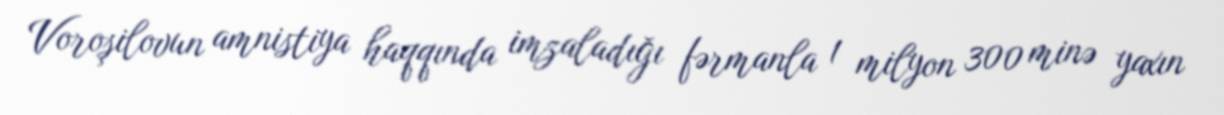
Voroşilovun amnistiya haqqında imzaladığı fərmanla 1 milyon 300 minə yaxın